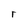
Character: r